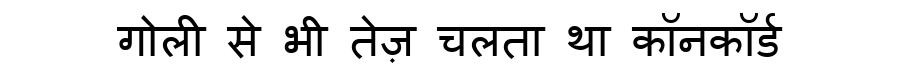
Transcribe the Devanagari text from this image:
गोली से भी तेज़ चलता था कॉनकॉर्ड